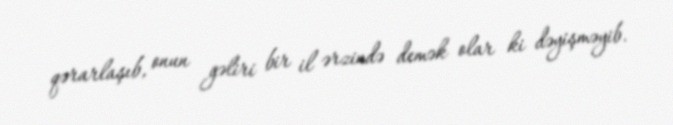
qərarlaşıb, onun gəliri bir il ərzində demək olar ki dəyişməyib.